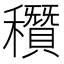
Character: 𥣶